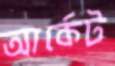
আর্কেট